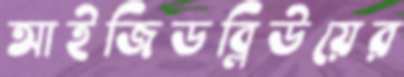
আইজিডব্লিউয়ের